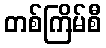
တစ်ကြိမ်စီ